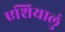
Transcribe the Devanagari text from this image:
एशियालुं